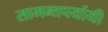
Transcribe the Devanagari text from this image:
सामन्तपर्यायी